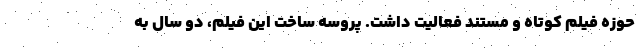
حوزه فیلم کوتاه و مستند فعالیت داشت. پروسه ساخت این فیلم، دو سال به